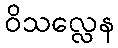
ဝိသလ္လေန